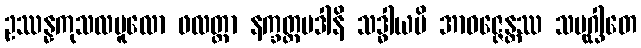
ဥဿန္နကုသလမူလော ဖလတ္ထာ နက္ခတ္တပဒါနိ သဒ္ဓါယပိ အာဝဇ္ဇေန္တဿ သမုဂ္ဃါတေ